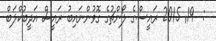
:  19